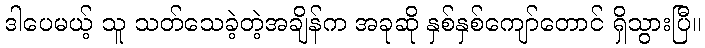
ဒါပေမယ့် သူ သတ်သေခဲ့တဲ့အချိန်က အခုဆို နှစ်နှစ်ကျော်တောင် ရှိသွားပြီ။